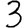
Digit: 3